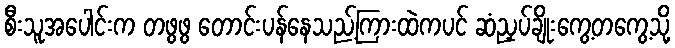
စီးသူအပေါင်းက တဖွဖွ တောင်းပန်နေသည့်ကြားထဲကပင် ဆံညှပ်ချိုးကွေ့တကွေ့သို့